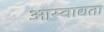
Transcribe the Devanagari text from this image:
आस्वाद्यता